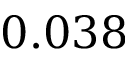
0 . 0 3 8